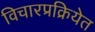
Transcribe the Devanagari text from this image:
विचारप्रक्रियेत